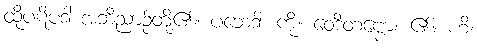
ထိုပဋိပဒါ အဘိညာဉ်တို့၏။ ပဘေဒါ၊ ကို။ ဝေဒိတဗ္ဗော၊ ၏။ ဟိ၊